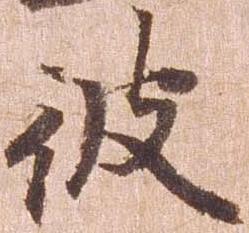
彼